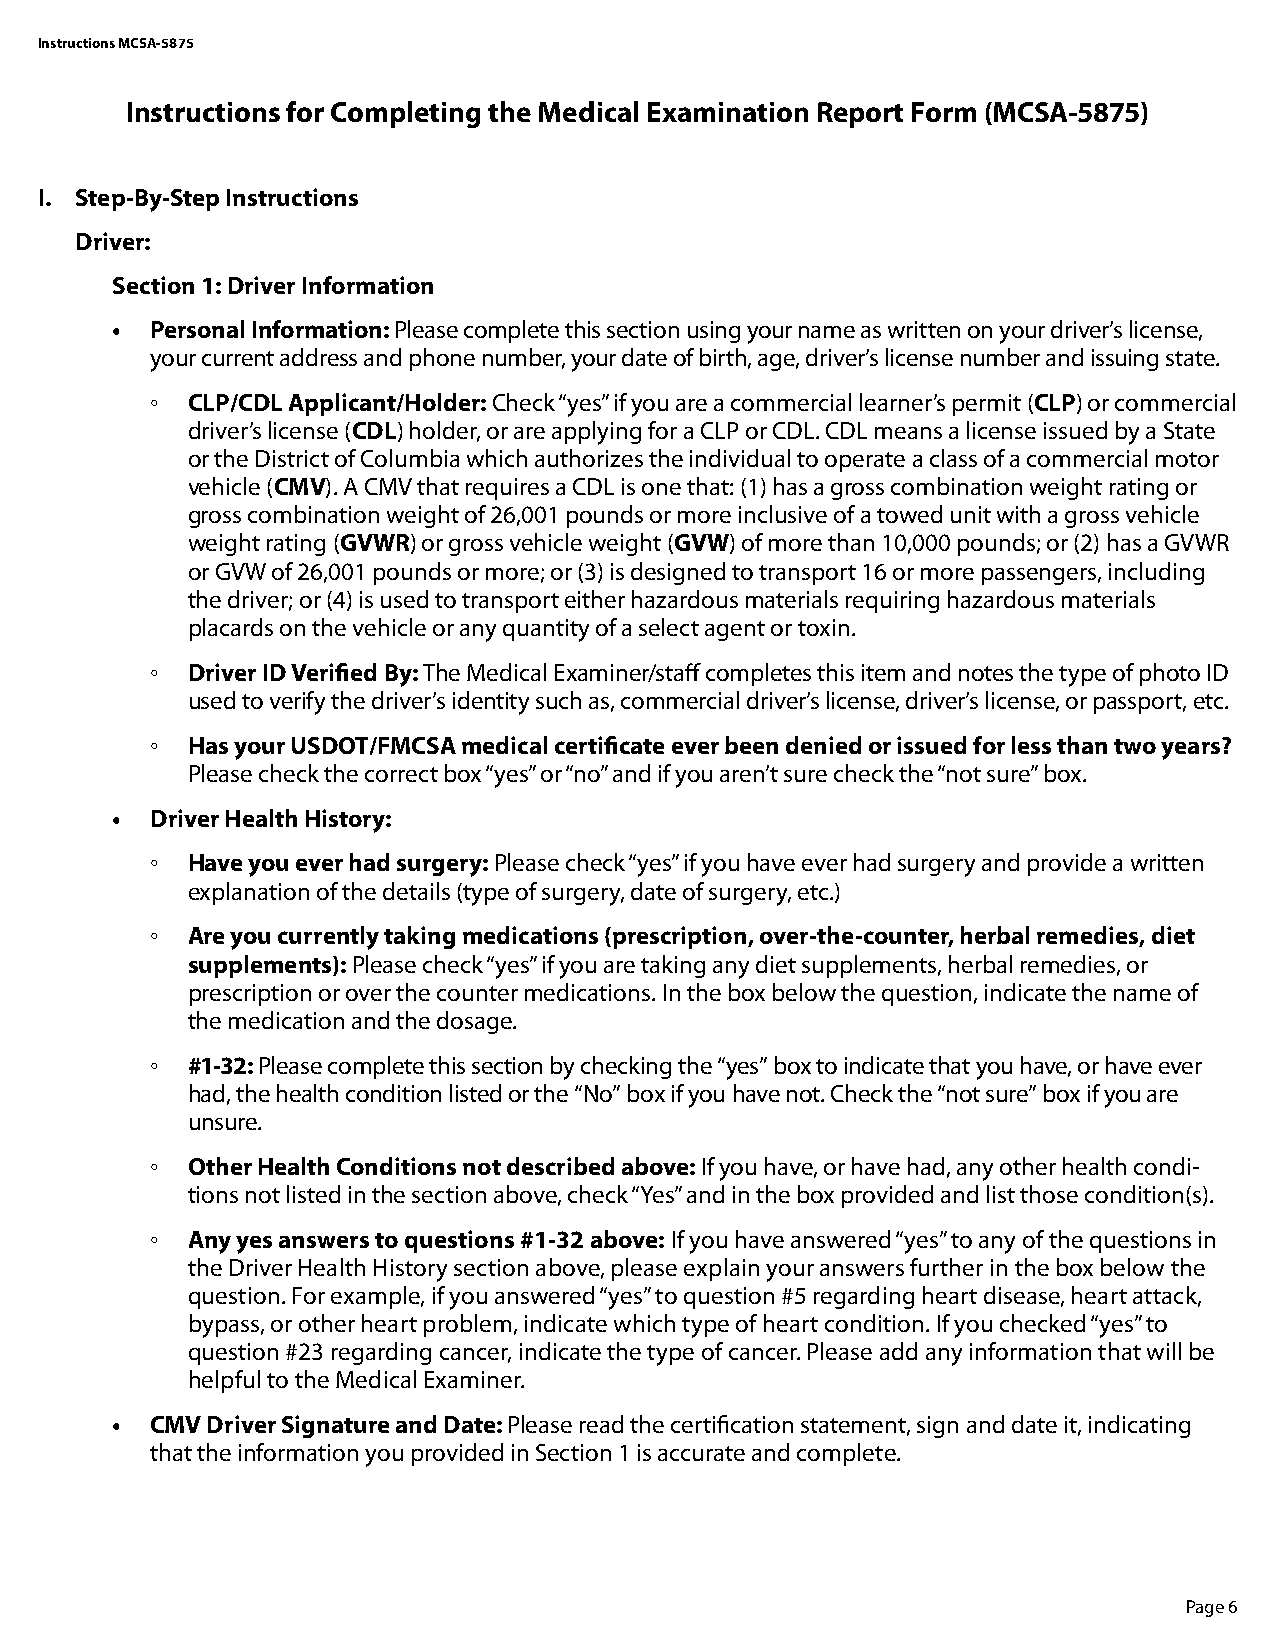
Instructions MCSA-5875
 Instructions for Completing the Medical Examination Report Form (MCSA-5875)
 I. Step-By-Step Instructions
 Driver:
 Section 1: Driver Information
 •  Personal Information: Please complete this section using your name as written on your driver’s license,
 your current address and phone number, your date of birth, age, driver’s license number and issuing state.
 ◦ CLP/CDL Applicant/Holder: Check “yes” if you are a commercial learner’s permit (CLP) or commercial
 driver’s license (CDL) holder, or are applying for a CLP or CDL. CDL means a license issued by a State
 or the District of Columbia which authorizes the individual to operate a class of a commercial motor
 vehicle (CMV). A CMV that requires a CDL is one that: (1) has a gross combination weight rating or
 gross combination weight of 26,001 pounds or more inclusive of a towed unit with a gross vehicle
 weight rating (GVWR) or gross vehicle weight (GVW) of more than 10,000 pounds; or (2) has a GVWR
 or GVW of 26,001 pounds or more; or (3) is designed to transport 16 or more passengers, including
 the driver; or (4) is used to transport either hazardous materials requiring hazardous materials
 placards on the vehicle or any quantity of a select agent or toxin.
 ◦ Driver ID Verified By: The Medical Examiner/staff completes this item and notes the type of photo ID
 used to verify the driver’s identity such as, commercial driver’s license, driver’s license, or passport, etc.
 ◦ Has your USDOT/FMCSA medical certificate ever been denied or issued for less than two years?
 Please check the correct box “yes” or “no” and if you aren’t sure check the “not sure” box.
 •  Driver Health History:
 ◦ Have you ever had surgery: Please check “yes” if you have ever had surgery and provide a written
 explanation of the details (type of surgery, date of surgery, etc.)
 ◦ Are you currently taking medications (prescription, over-the-counter, herbal remedies, diet
 supplements): Please check “yes” if you are taking any diet supplements, herbal remedies, or
 prescription or over the counter medications. In the box below the question, indicate the name of
 the medication and the dosage.
 ◦ #1-32: Please complete this section by checking the “yes” box to indicate that you have, or have ever
 had, the health condition listed or the “No” box if you have not. Check the “not sure” box if you are
 unsure.
 ◦ Other Health Conditions not described above: If you have, or have had, any other health condi-
 tions not listed in the section above, check “Yes” and in the box provided and list those condition(s).
 ◦ Any yes answers to questions #1-32 above: If you have answered “yes” to any of the questions in
 the Driver Health History section above, please explain your answers further in the box below the
 question. For example, if you answered “yes” to question #5 regarding heart disease, heart attack,
 bypass, or other heart problem, indicate which type of heart condition. If you checked “yes” to
 question #23 regarding cancer, indicate the type of cancer. Please add any information that will be
 helpful to the Medical Examiner.
 •  CMV Driver Signature and Date: Please read the certification statement, sign and date it, indicating
 that the information you provided in Section 1 is accurate and complete.
 Page 6